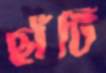
ছাঁটি